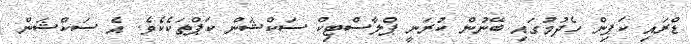
ޑްރައި ކަޕިން ހެދުމުގައި ބޭނުން ކުރަނީ ޕްލާސްޓިކް ސަކްޝަން ކަޕްތަކެކެވެ. އެ ސަކްޝަން